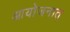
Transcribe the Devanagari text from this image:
आयोजनात्